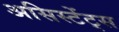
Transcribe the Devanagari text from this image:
असिस्टेंट्स